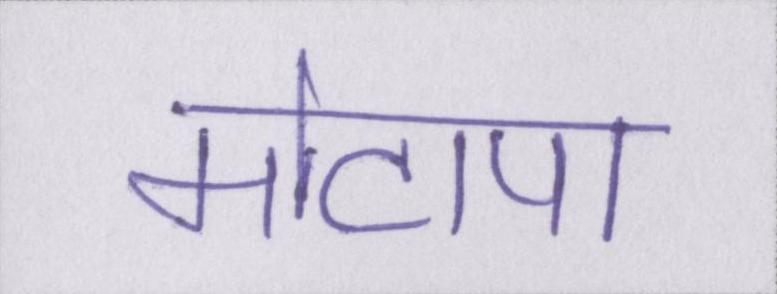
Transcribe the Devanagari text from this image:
मोटापा